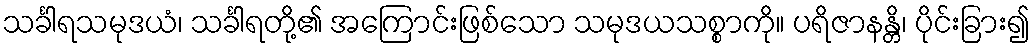
သင်္ခါရသမုဒယံ၊ သင်္ခါရတို့၏ အကြောင်းဖြစ်သော သမုဒယသစ္စာကို။ ပရိဇာနန္တိ၊ ပိုင်းခြား၍